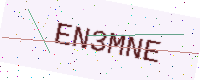
Text: EN3MNE